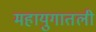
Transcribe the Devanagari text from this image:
महायुगातली